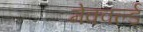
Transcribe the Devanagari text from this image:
मेक्वर्ल्ड